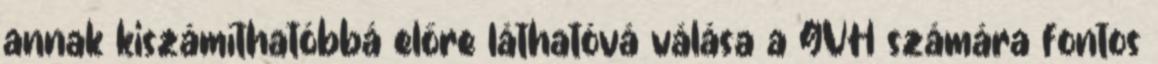
annak kiszámíthatóbbá előre láthatóvá válása a GVH számára fontos